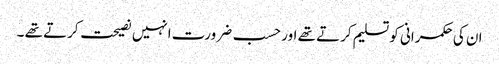
ان کی حکمرانی کو تسلیم کرتے تھے اور حسب ضرورت انہیں نصیحت کرتے تھے ۔